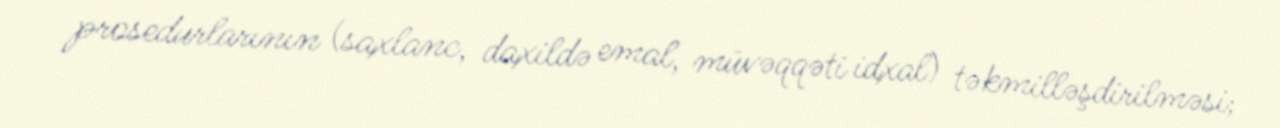
prosedurlarının (saxlanc, daxildə emal, müvəqqəti idxal) təkmilləşdirilməsi;